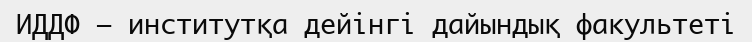
ИДДФ – институтқа дейінгі дайындық факультеті